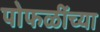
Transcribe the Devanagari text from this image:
पोफळींच्या